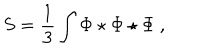
LaTeX: S = \frac { 1 } { 3 } \int \Phi \star \Phi \star \Phi \ ,